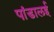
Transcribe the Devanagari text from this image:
पांडालई